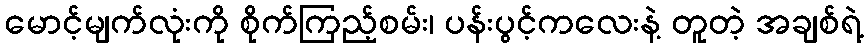
မောင့်မျက်လုံးကို စိုက်ကြည့်စမ်း၊ ပန်းပွင့်ကလေးနဲ့ တူတဲ့ အချစ်ရဲ့